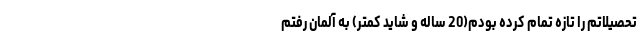
تحصیلاتم را تازه تمام کرده بودم(20 ساله و شاید کمتر) به آلمان رفتم